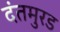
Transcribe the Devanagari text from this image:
दंतमुरड